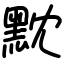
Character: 黕